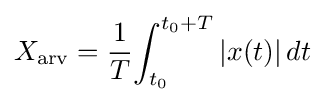
X_{\mathrm {arv} }={1 \over {T}}{\int _{t_{0}}^{t_{0}+T}{|x(t)|\,dt}}